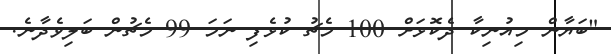
"ބަޔާން މިއުނިކާ ދެކޮޅަށް 100 މެޗު ކުޅެފި ނަމަ 99 މެޗުން ބަލިވެދާނެ.